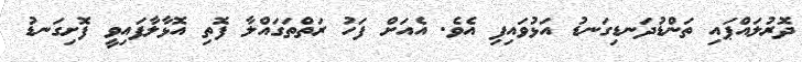
ދޮރުލައްޕައި ތަންޑުދަނޑިގަނޑު އަޅުވައިފި އެވެ. އެއަށް ފަހު ރަތްތަގައްލާ ފޮތި އޮޅާލާފައިވީ ފޮށިގަނޑު